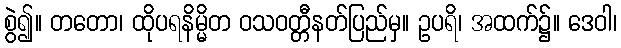
စွဲ၍။ တတော၊ ထိုပရနိမ္မိတ ဝသဝတ္တီနတ်ပြည်မှ။ ဥပရိ၊ အထက်၌။ ဒေဝါ၊